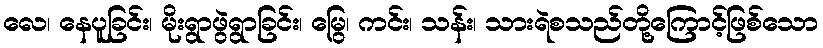
လေ၊ နေပူခြင်း၊ မိုးရွာဖွဲရွာခြင်း၊ မြွေ၊ ကင်း၊ သန်း၊ သားရဲစသည်တို့ကြောင့်ဖြစ်သော